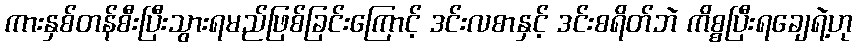
ကားနှစ်တန်စီးပြီးသွားရမည်ဖြစ်ခြင်းကြောင့် ဒင်းလစာနှင့် ဒင်းစရိတ်ဘဲ ကိစ္စပြီးရချေရဲ့ဟု